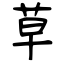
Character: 草